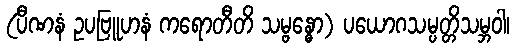
(ပီဏနံ ဥပဗြူဟနံ ကရောတီတိ သမ္ဗန္ဓော) ပယောဂသမ္ပတ္တိသမ္ဘဝါ၊